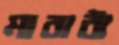
মারাঠা